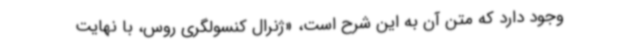
وجود دارد که متن آن به این شرح است، «ژنرال کنسولگری روس، با نهایت